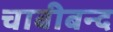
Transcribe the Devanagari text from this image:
चाबीबन्द